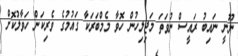
ނޫނީ ނައިބު ރައީސް ނުވަތަ މަޖިލިހުން ހޮވާ މެމްބަރަކާ ގައުމުގެ ވެރިކަން ހަވާލުކޮށް